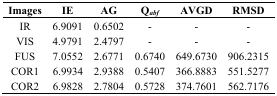
<table><thead><tr><td><b>Images</b></td><td><b>IE</b></td><td><b>AG</b></td><td><b>Q<i><sub>abf</sub></i></b></td><td><b>AVGD</b></td><td><b>RMSD</b></td></tr></thead><tbody><tr><td>IR</td><td>6.9091</td><td>0.6502</td><td>-</td><td>-</td><td>-</td></tr><tr><td>VIS</td><td>4.9791</td><td>2.4797</td><td>-</td><td>-</td><td>-</td></tr><tr><td>FUS</td><td>7.0552</td><td>2.6771</td><td>0.6740</td><td>649.6730</td><td>906.2315</td></tr><tr><td>COR1</td><td>6.9934</td><td>2.9388</td><td>0.5407</td><td>366.8883</td><td>551.5277</td></tr><tr><td>COR2</td><td>6.9828</td><td>2.7804</td><td>0.5728</td><td>374.7601</td><td>562.7176</td></tr></tbody></table>